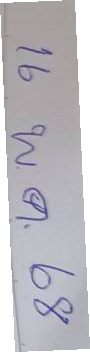
16 พ. ค. 68